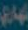
بهاري